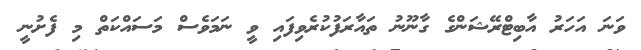
ވަނަ އަހަރު އާބިޓްރޭޝަންގެ ގާނޫނު ތައާރަފުކުރެވިފައި ވީ ނަމަވެސް މަސައްކަތް މި ފެށުނީ